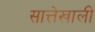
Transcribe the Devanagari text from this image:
सात्तेखाली